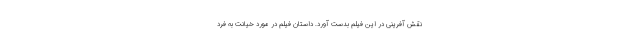
نقش آفرینی در این فیلم بدست آورد. داستان فیلم در مورد خیانت به فرد